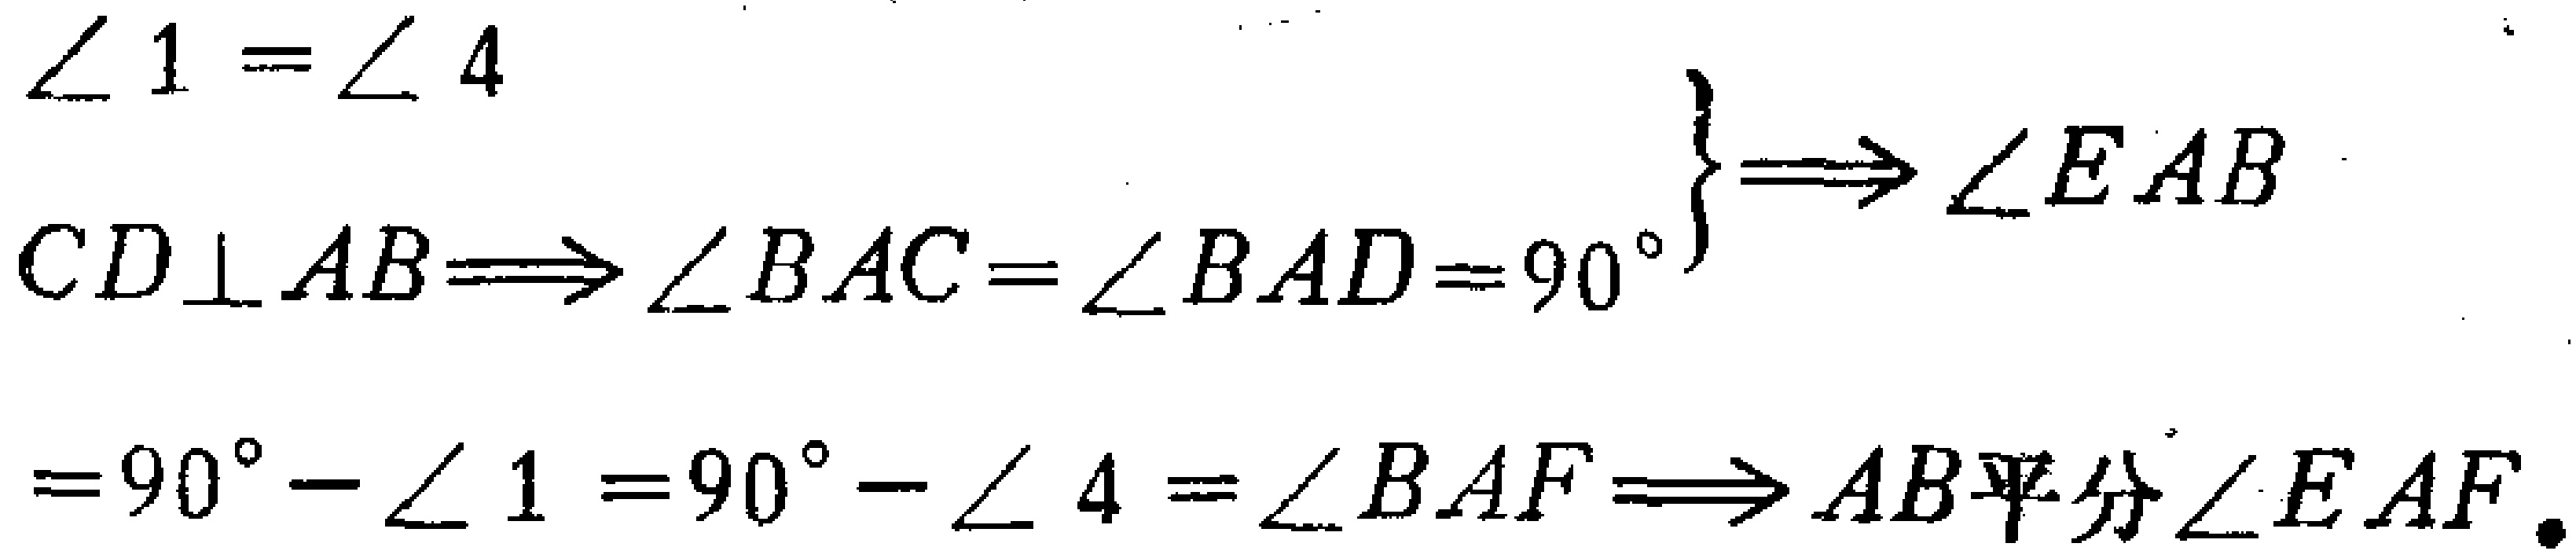
\(\angle 1 = \angle 4\)

\(CD\perp AB\Longrightarrow\angle BAC=\angle BAD = 90^{\circ}\left.\begin{array}{l}

\\

\end{array}\right\}\Longrightarrow\angle EAB\)

\(=90^{\circ}-\angle 1=90^{\circ}-\angle 4=\angle BAF\Longrightarrow AB平分\angle EAF.\)